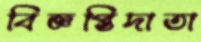
বিজ্ঞপ্তিদাতা